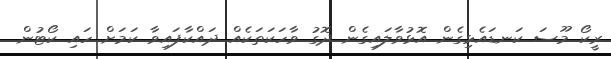
ރީކޯ މޫސަ ކަނޑައެޅިގެން އޮޅުވާލައިގެން ދޮގު ވާހަކަތަކެއް ދައްކާފައިވާ ކަމަށް ހައި ކޯޓުން